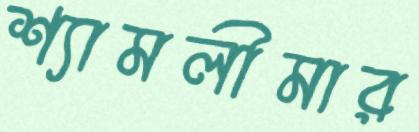
শ্যামলীমার